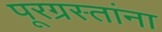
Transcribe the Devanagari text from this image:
पूरग्रस्‍तांना